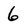
Character: 6